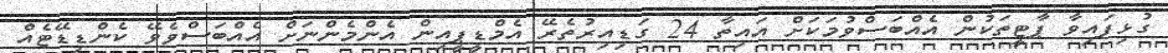
ގުޅިފައިވާ ޕާޓީތަކުން އެއްބަސްވުމަކަށް އައިތާ 24 ގަޑިއިރުތެރޭ އެމްޑީޕީއިން އެންމެންނަށް އެއްބަސްވެވޭ ކެންޑިޑޭޓެއް